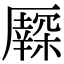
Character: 𠫃